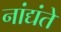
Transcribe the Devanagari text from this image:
नांद्यंते